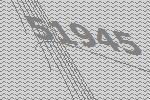
51945